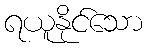
ရယူနိုင်သော